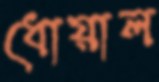
ধোয়াল